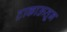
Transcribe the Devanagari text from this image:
टाकाऊतून